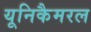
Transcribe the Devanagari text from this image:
यूनिकैमरल